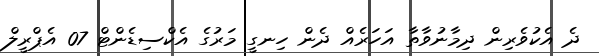
ދެ އެކުވެރިން ދިމާނުވާތާ އަހަރެއް ދެން ހިނގީ މަރުގެ އެކްސިޑެންޓް 07 އެޕްރީލް